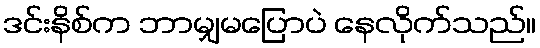
ဒင်းနိစ်က ဘာမျှမပြောပဲ နေလိုက်သည်။